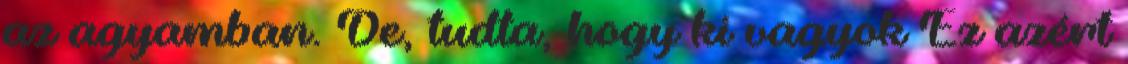
az agyamban. De, tudta, hogy ki vagyok Ez azért